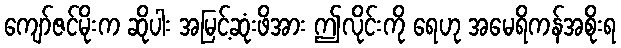
ကျော်ဇင်မိုးက ဆိုပါး အမြင့်ဆုံးဖိအား ဤလိုင်းကို ရေဟု အမေရိကန်အစိုးရ